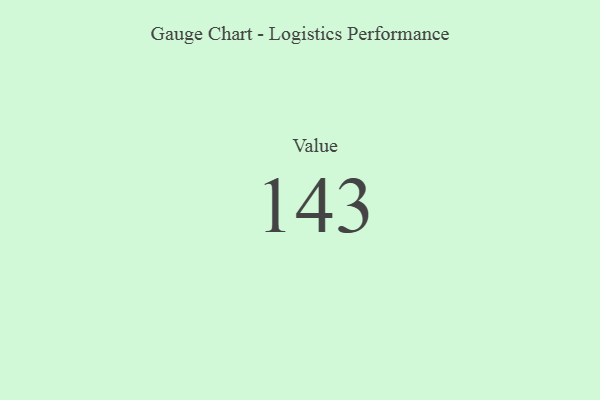
{"axis": {"x": "Metric", "y": "Value"}, "legend": [""], "data": [{"x": "Value", "y": 143, "type": ""}]}